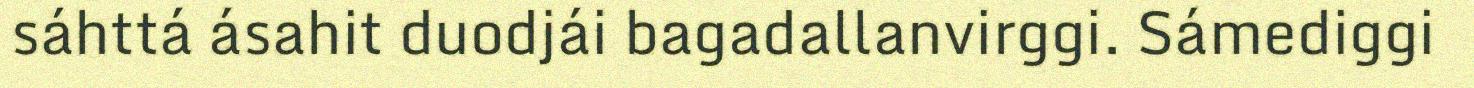
sáhttá ásahit duodjái bagadallanvirggi. Sámediggi